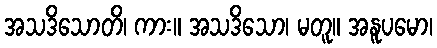
အသဒိသောတိ၊ ကား။ အသဒိသော၊ မတူ။ အနူပမော၊